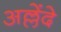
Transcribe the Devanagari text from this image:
अल्लेंदे